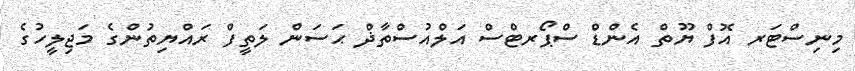
މިނިސްޓަރ އޮފް ޔޫތް އެންޑް ސްޕޯރޓްސް އަލްއުސްތާޛް ޙަސަން ލަތީފް ރައްޔިތުންގެ މަޖިލީހުގެ